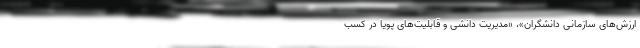
ارزش­های سازمانی دانشگران»، «مدیریت دانشی و قابلیت‌های پویا در کسب